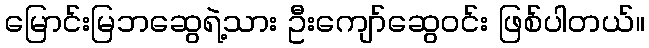
မြောင်းမြဘဆွေရဲ့သား ဦးကျော်ဆွေဝင်း ဖြစ်ပါတယ်။